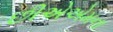
છીએએમના